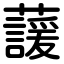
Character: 蘐